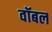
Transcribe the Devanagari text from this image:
वॉबल